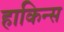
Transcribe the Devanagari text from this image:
हाकिन्स